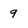
Character: 9